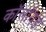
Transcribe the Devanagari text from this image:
कॉलॉयड